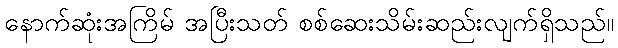
နောက်ဆုံးအကြိမ် အပြီးသတ် စစ်ဆေးသိမ်းဆည်းလျက်ရှိသည်။